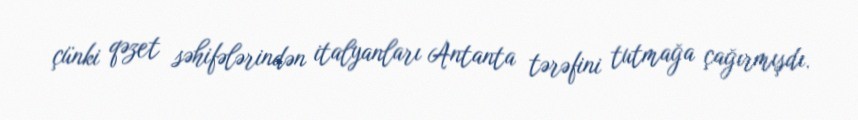
çünki qəzet səhifələrindən italyanları Antanta tərəfini tutmağa çağırmışdı.